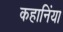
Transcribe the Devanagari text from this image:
कहानिंया